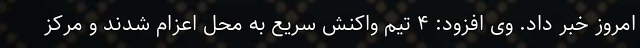
امروز خبر داد. وی افزود: ۴ تیم واکنش سریع به محل اعزام شدند و مرکز